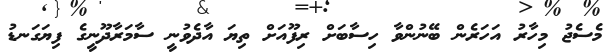
މެސެޖު މިހާރު އަހަރެން ބޭނުންވާ ހިސާބަށް ރިފޫއަށް ތިޔަ އާދެވުނީ ސާމަރާދޫނީގެ ފިޔަގަނޑު